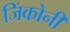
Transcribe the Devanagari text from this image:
जिंकोनी